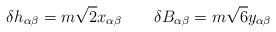
LaTeX: \begin{align*}\delta h_{\alpha\beta} = m \sqrt{2} x_{\alpha\beta} \qquad\delta B_{\alpha\beta} = m \sqrt{6} y_{\alpha\beta}\end{align*}